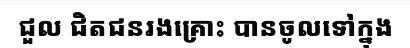
ជួល ជិតជនរងគ្រោះ បានចូលទៅក្នុង